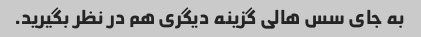
به جای سس هالی گزینه دیگری هم در نظر بگیرید.